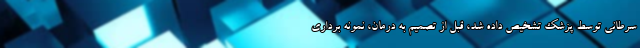
سرطانی توسط پزشک تشخیص داده شد، قبل از تصمیم به درمان، نمونه برداری